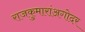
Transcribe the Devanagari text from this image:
राजकुमारांअगोदर